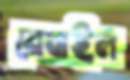
মেবাইল